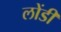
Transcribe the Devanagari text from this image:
लोंडी